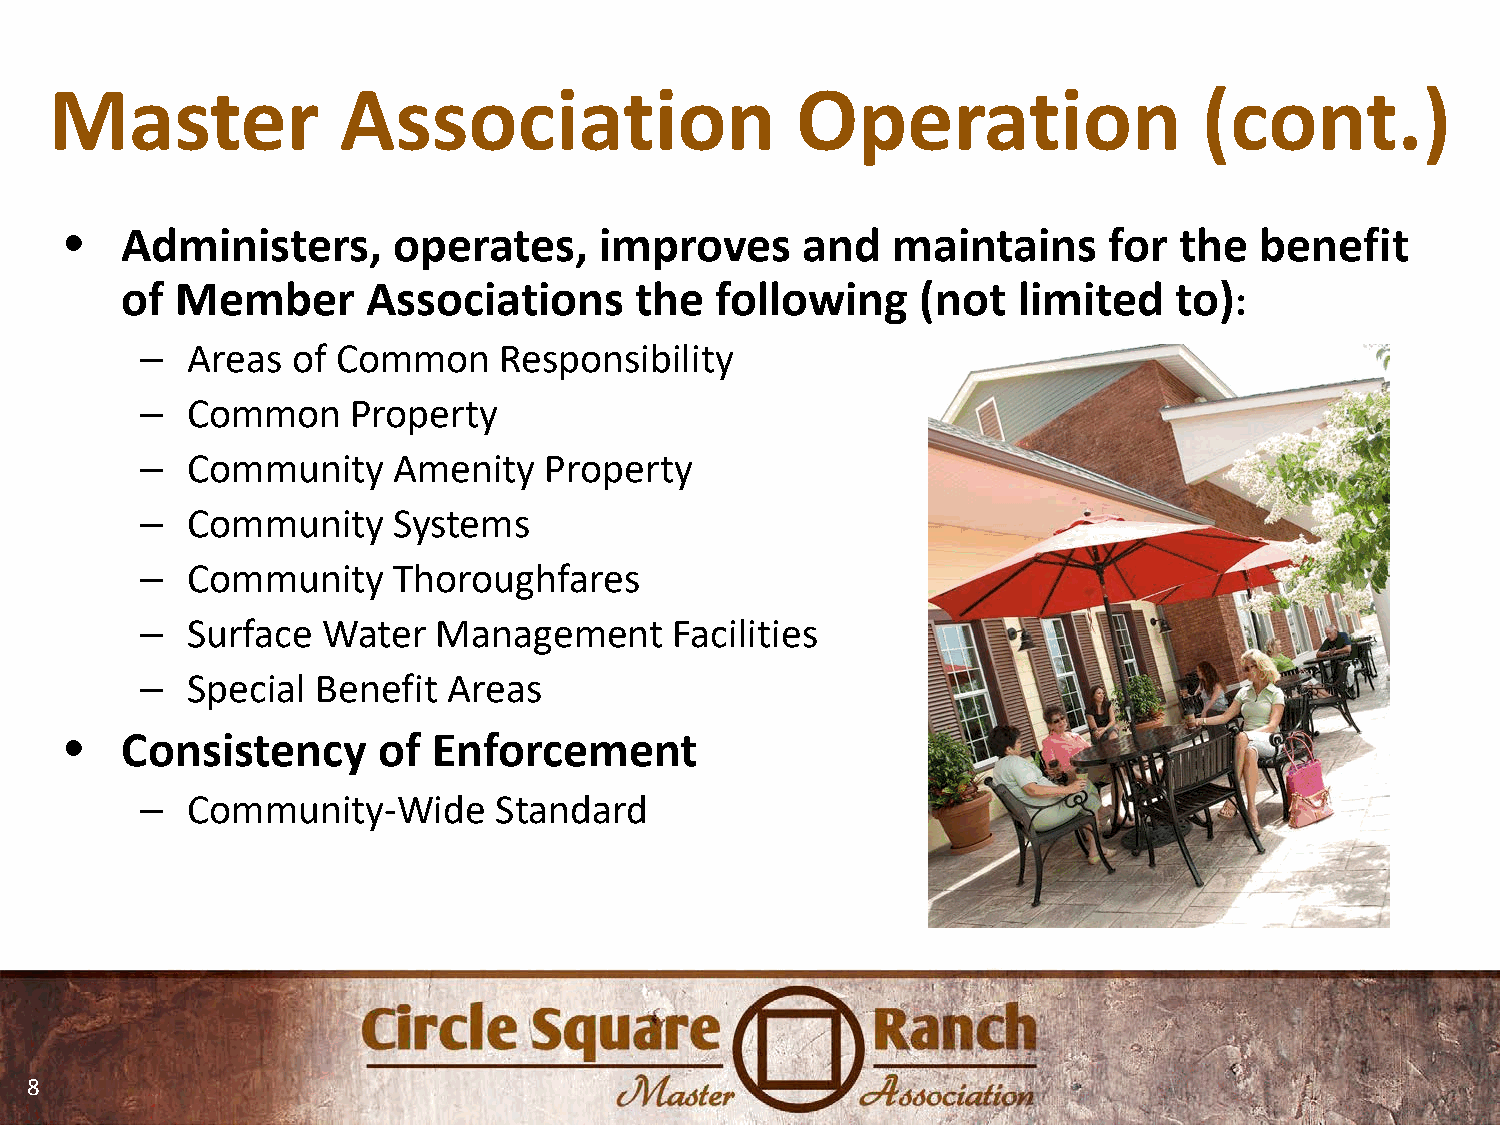
Master             Association                    Operation                  (cont.)
 •   Administers,      operates,     improves     and   maintains     for  the  benefit
 of  Member      Associations      the  following     (not  limited    to):
 –  Areas  of Common     Responsibility
 –  Common     Property
 –  Community     Amenity   Property
 –  Community     Systems
 –  Community     Thoroughfares
 –  Surface  Water   Management      Facilities
 –  Special  Benefit  Areas
 •   Consistency      of  Enforcement
 –  Community-Wide       Standard
 8